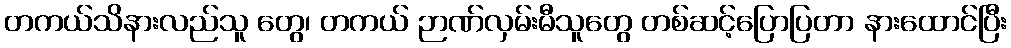
တကယ်သိနားလည်သူ တွေ၊ တကယ် ဉာဏ်လှမ်းမီသူတွေ တစ်ဆင့်ပြောပြတာ နားထောင်ပြီး